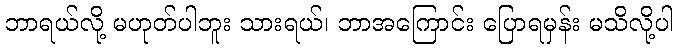
ဘာရယ်လို့ မဟုတ်ပါဘူး သားရယ်၊ ဘာအကြောင်း ပြောရမှန်း မသိလို့ပါ